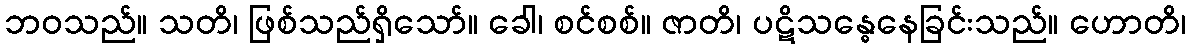
ဘဝသည်။ သတိ၊ ဖြစ်သည်ရှိသော်။ ခေါ၊ စင်စစ်။ ဇာတိ၊ ပဋိသန္ဓေနေခြင်းသည်။ ဟောတိ၊